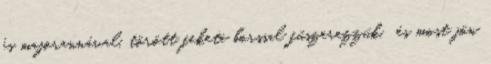
és majorannával, törött fekete borssal fűszerezzük. és most jön